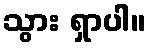
သွား ရှာပါ။